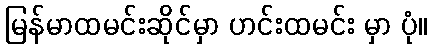
မြန်မာထမင်းဆိုင်မှာ ဟင်းထမင်း မှာ ပုံ။